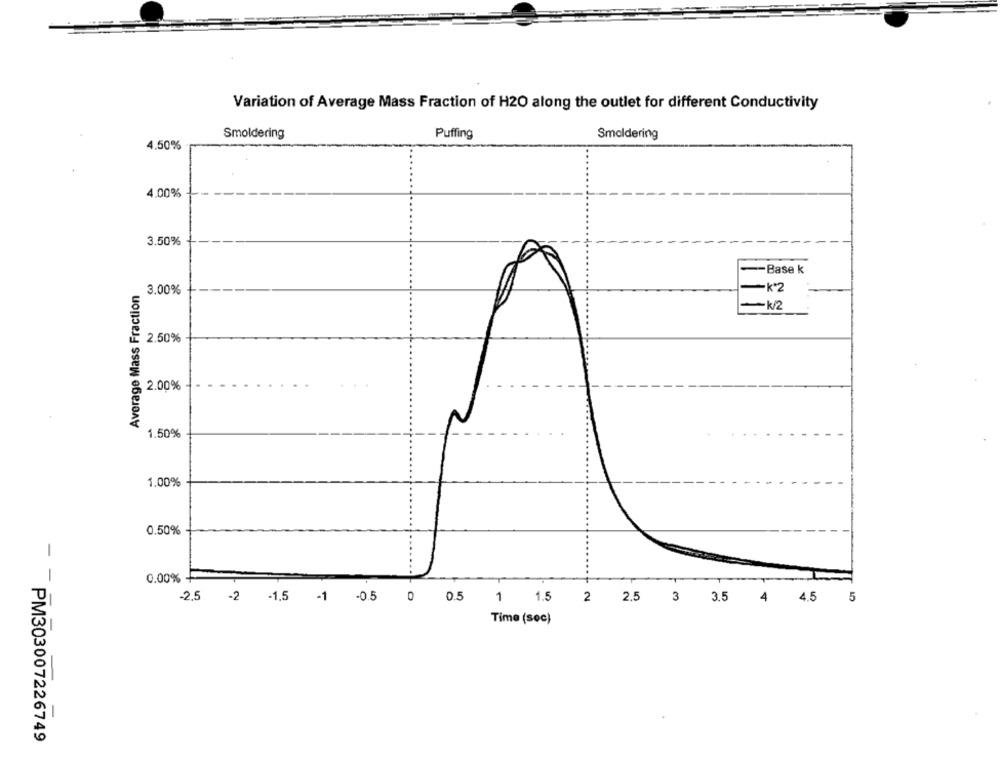
Variation of Average Mass Fraction of H2O along the outlet for different Conductivity
Smoldering
Puffing
Smoldering
4.50%
4.00%
3.50%
-Base k
Average Mass Fraction
3.00%
-K2
-k/2
2.50%
2.00%
1.50%
1.00%
0.50%
0.00% +
- --
-2,5 -2 1.5 1 05 0 05 1
1.5 2 2.5 3 3.5
4 4.5
5
Time (sec)
PM303007226749